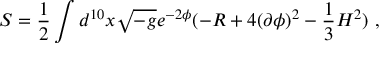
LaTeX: S = \frac { 1 } { 2 } \int d ^ { 1 0 } x \sqrt { - g } e ^ { - 2 \phi } ( - R + 4 ( \partial \phi ) ^ { 2 } - \frac { 1 } { 3 } H ^ { 2 } ) ~ ,